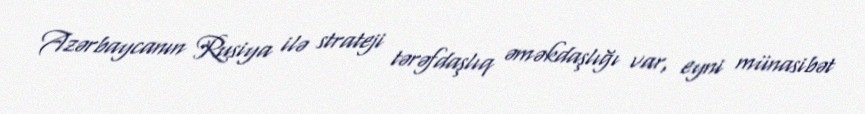
Azərbaycanın Rusiya ilə strateji tərəfdaşlıq əməkdaşlığı var, eyni münasibət